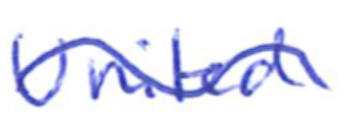
Text: United
Cross-out: wave
Writing tool: ballpoint